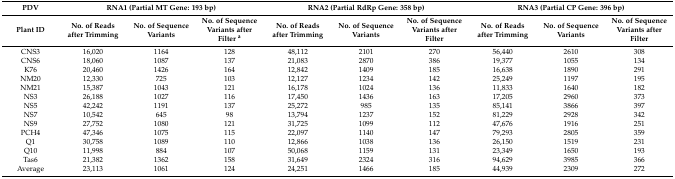
<table><thead><tr><td><b>PDV</b></td><td colspan="3"><b>RNA1 (Partial MT Gene: 193 bp)</b></td><td colspan="3"><b>RNA2 (Partial RdRp Gene: 358 bp)</b></td><td colspan="3"><b>RNA3 (Partial CP Gene: 396 bp)</b></td></tr><tr><td><b>Plant ID</b></td><td><b>No. of Reads after Trimming</b></td><td><b>No. of Sequence Variants</b></td><td><b>No. of Sequence Variants after Filter <sup>a</sup></b></td><td><b>No. of Reads after Trimming</b></td><td><b>No. of Sequence Variants</b></td><td><b>No. of Sequence Variants after Filter</b></td><td><b>No. of Reads after Trimming</b></td><td><b>No. of Sequence Variants</b></td><td><b>No. of Sequence Variants after Filter</b></td></tr></thead><tbody><tr><td>CNS3</td><td>16,020</td><td>1164</td><td>128</td><td>48,112</td><td>2101</td><td>270</td><td>56,440</td><td>2610</td><td>308</td></tr><tr><td>CNS6</td><td>18,060</td><td>1087</td><td>137</td><td>21,083</td><td>2870</td><td>386</td><td>19,377</td><td>1055</td><td>134</td></tr><tr><td>K76</td><td>20,460</td><td>1426</td><td>164</td><td>12,842</td><td>1409</td><td>185</td><td>16,638</td><td>1890</td><td>291</td></tr><tr><td>NM20</td><td>12,330</td><td>725</td><td>103</td><td>12,127</td><td>1234</td><td>142</td><td>25,249</td><td>1197</td><td>195</td></tr><tr><td>NM21</td><td>15,387</td><td>1043</td><td>121</td><td>16,178</td><td>1024</td><td>136</td><td>11,833</td><td>1640</td><td>182</td></tr><tr><td>NS3</td><td>26,188</td><td>1027</td><td>116</td><td>17,450</td><td>1436</td><td>163</td><td>17,205</td><td>2960</td><td>373</td></tr><tr><td>NS5</td><td>42,242</td><td>1191</td><td>137</td><td>25,272</td><td>985</td><td>135</td><td>85,141</td><td>3866</td><td>397</td></tr><tr><td>NS7</td><td>10,542</td><td>645</td><td>98</td><td>13,794</td><td>1237</td><td>152</td><td>81,229</td><td>2928</td><td>342</td></tr><tr><td>NS9</td><td>27,752</td><td>1080</td><td>121</td><td>31,725</td><td>1099</td><td>112</td><td>47,676</td><td>1916</td><td>251</td></tr><tr><td>PCH4</td><td>47,346</td><td>1075</td><td>115</td><td>22,097</td><td>1140</td><td>147</td><td>79,293</td><td>2805</td><td>359</td></tr><tr><td>Q1</td><td>30,758</td><td>1089</td><td>110</td><td>12,866</td><td>1038</td><td>136</td><td>26,150</td><td>1519</td><td>231</td></tr><tr><td>Q10</td><td>11,998</td><td>884</td><td>107</td><td>50,068</td><td>1159</td><td>131</td><td>23,349</td><td>1650</td><td>193</td></tr><tr><td>Tas6</td><td>21,382</td><td>1362</td><td>158</td><td>31,649</td><td>2324</td><td>316</td><td>94,629</td><td>3985</td><td>366</td></tr><tr><td>Average</td><td>23,113</td><td>1061</td><td>124</td><td>24,251</td><td>1466</td><td>185</td><td>44,939</td><td>2309</td><td>272</td></tr></tbody></table>